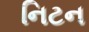
નિટન